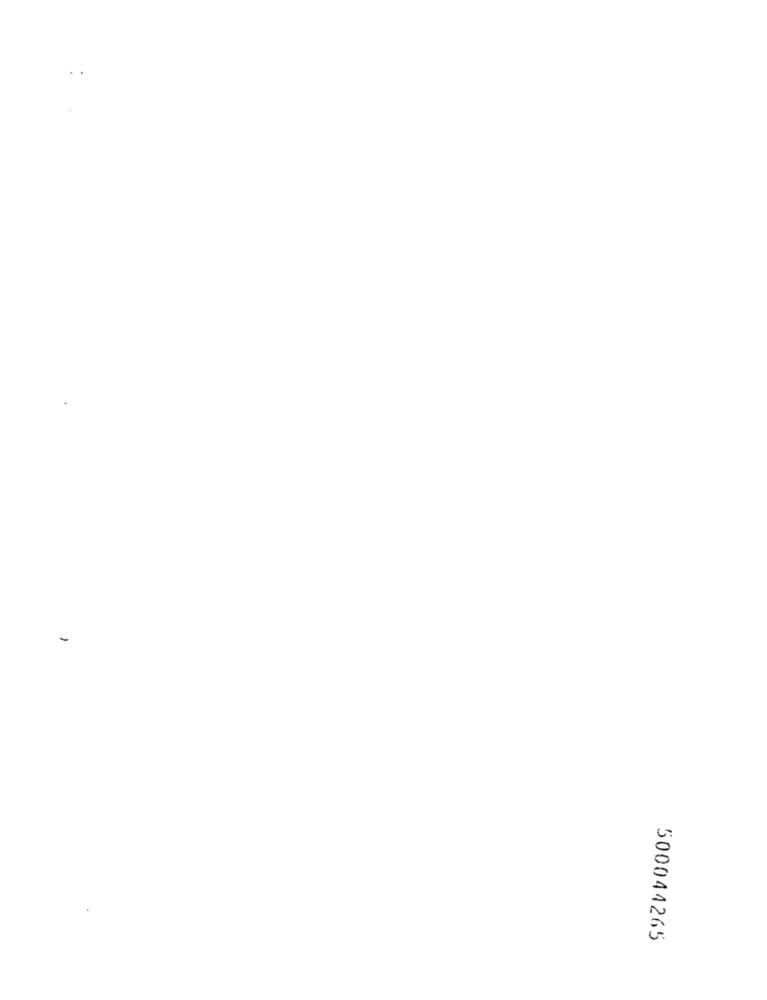
-
500044265